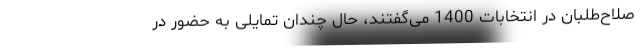
صلاح‌طلبان در انتخابات 1400 می‌گفتند، حال چندان تمایلی به حضور در